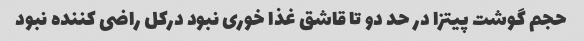
حجم گوشت پیتزا در حد دو تا قاشق غذا خوری نبود درکل راضی کننده نبود